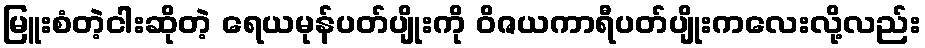
မြူးစံတဲ့ငါးဆိုတဲ့ ရေယမုန်ပတ်ပျိုးကို ဝိဇယကာရီပတ်ပျိုးကလေးလို့လည်း